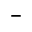
^ { - }